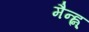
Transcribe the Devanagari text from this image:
मैन्ह्न्